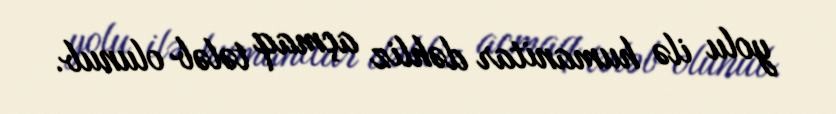
yolu ilə humanitar dəhliz açmaq tələb olunub.